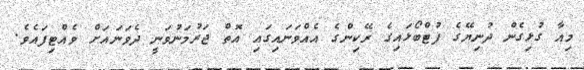
މިއާ ގުޅިގެން ދުނިޔޭގެ ފުޓްބޯޅައިގެ ރޭކިންގެ އެއްވަނައިގައި އޮތް ޖަރުމަނުވަނީ ދެވަނައަށް ވެއްޓިފައެވެ.